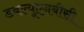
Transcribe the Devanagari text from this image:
डबल्यूएनबीसी